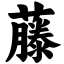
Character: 藤